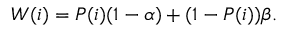
W ( i ) = P ( i ) ( 1 - \alpha ) + ( 1 - P ( i ) ) \beta .